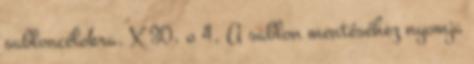
sabloncélokra. X 30. o 4. A sablon mentéséhez nyomja